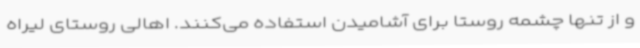
و از تنها چشمه روستا برای آشامیدن استفاده می‌کنند. اهالی روستای لیراه